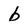
Character: b